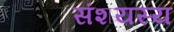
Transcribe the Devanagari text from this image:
संशयस्य